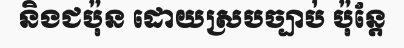
និងជប៉ុន ដោយស្របច្បាប់ ប៉ុន្តែ